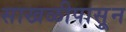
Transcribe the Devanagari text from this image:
साखळीपासून